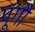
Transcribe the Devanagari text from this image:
पूगौ